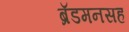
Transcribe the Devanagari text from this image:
ब्रॅडमनसह